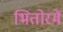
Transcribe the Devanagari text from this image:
भितोरमें